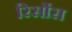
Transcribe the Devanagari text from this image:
रिर्सोस